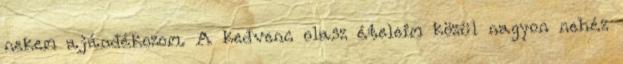
nekem ajándékozom. A kedvenc olasz ételeim közül nagyon nehéz